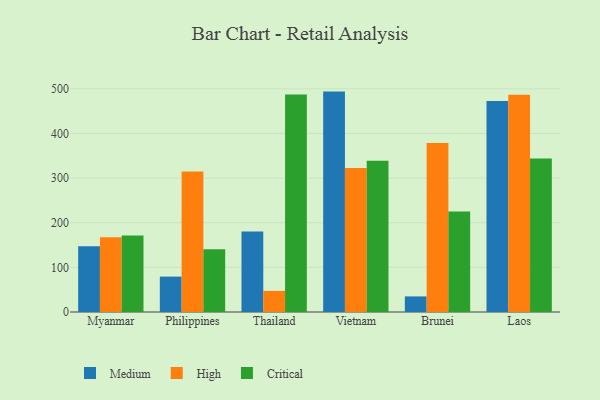
{"axis": {"x": "Country", "y": "Satisfaction Score"}, "legend": ["Critical", "High", "Medium"], "data": [{"x": "Myanmar", "y": 147.1, "type": "Medium"}, {"x": "Myanmar", "y": 167.6, "type": "High"}, {"x": "Myanmar", "y": 171.5, "type": "Critical"}, {"x": "Philippines", "y": 79.3, "type": "Medium"}, {"x": "Philippines", "y": 314.8, "type": "High"}, {"x": "Philippines", "y": 140.3, "type": "Critical"}, {"x": "Thailand", "y": 180.2, "type": "Medium"}, {"x": "Thailand", "y": 47.3, "type": "High"}, {"x": "Thailand", "y": 487.0, "type": "Critical"}, {"x": "Vietnam", "y": 493.7, "type": "Medium"}, {"x": "Vietnam", "y": 322.8, "type": "High"}, {"x": "Vietnam", "y": 339.0, "type": "Critical"}, {"x": "Brunei", "y": 34.9, "type": "Medium"}, {"x": "Brunei", "y": 378.4, "type": "High"}, {"x": "Brunei", "y": 225.1, "type": "Critical"}, {"x": "Laos", "y": 472.8, "type": "Medium"}, {"x": "Laos", "y": 486.5, "type": "High"}, {"x": "Laos", "y": 343.8, "type": "Critical"}]}